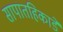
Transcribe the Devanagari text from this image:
सापातहिकाडे